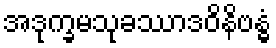
အဒုက္ခမသုခဿာဒဝိနိဗန္ဓံ